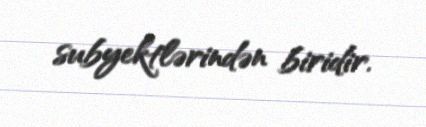
subyektlərindən biridir.